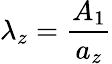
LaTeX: \lambda_{z}=\frac{A_{1}}{a_{z}}